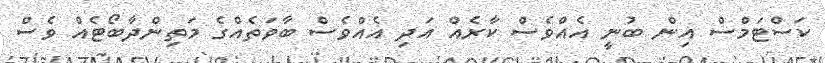
ކަސްޓަމްސް އިން ބުނީ އެއްވެސް ކާރެއް އަދި އެއްވެސް ބާވަތެެއްގެ މަތިންދާބޯޓެއް ވެސް